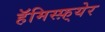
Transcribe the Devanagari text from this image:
हॅमिस्फ़्येर